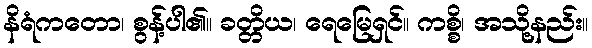
နိရံကတော၊ စွန့်ပါ၏။ ခတ္တိယ၊ ရေမြေရှင်။ ကစ္စိ၊ အသို့နည်း။